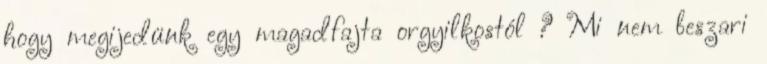
hogy megijedünk egy magadfajta orgyilkostól ? Mi nem beszari